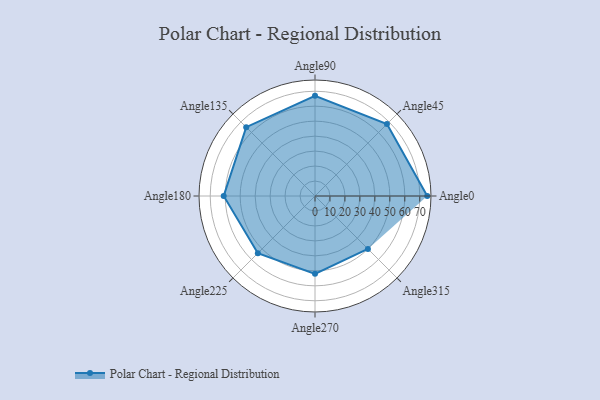
{"axis": {"x": "Angle", "y": "Radius"}, "legend": [""], "data": [{"x": "Angle0", "y": 75.0, "type": ""}, {"x": "Angle45", "y": 68.0, "type": ""}, {"x": "Angle90", "y": 67.0, "type": ""}, {"x": "Angle135", "y": 65.0, "type": ""}, {"x": "Angle180", "y": 61.0, "type": ""}, {"x": "Angle225", "y": 54.0, "type": ""}, {"x": "Angle270", "y": 52.0, "type": ""}, {"x": "Angle315", "y": 50, "type": ""}]}